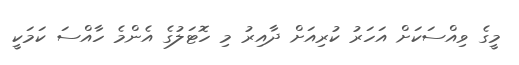
މީގެ ވިއްސަކަށް އަހަރު ކުރިއަށް ދާއިރު މި ހޮޓަލުގެ އެންމެ ހާއްސަ ކަމަކީ